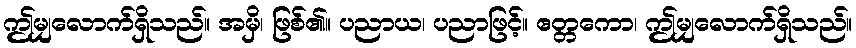
ဤမျှလောက်ရှိသည်။ အမှိ၊ ဖြစ်၏။ ပညာယ၊ ပညာဖြင့်။ ဧတ္တကော၊ ဤမျှလောက်ရှိသည်။